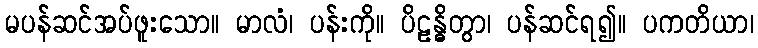
မပန်ဆင်အပ်ဖူးသော။ မာလံ၊ ပန်းကို။ ပိဠန္ဓိတွာ၊ ပန်ဆင်ရ၍။ ပကတိယာ၊